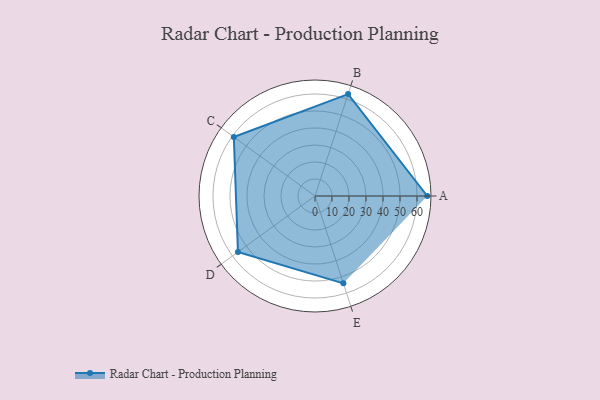
{"axis": {"x": "Skill", "y": "Score"}, "legend": ["Profile"], "data": [{"x": "A", "y": 66.0, "type": "Profile"}, {"x": "B", "y": 63.0, "type": "Profile"}, {"x": "C", "y": 59.0, "type": "Profile"}, {"x": "D", "y": 56.0, "type": "Profile"}, {"x": "E", "y": 54.0, "type": "Profile"}]}